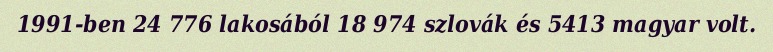
1991-ben 24 776 lakosából 18 974 szlovák és 5413 magyar volt.